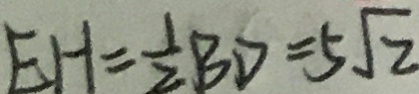
E H = \frac { 1 } { 2 } B D = 5 \sqrt { 2 }